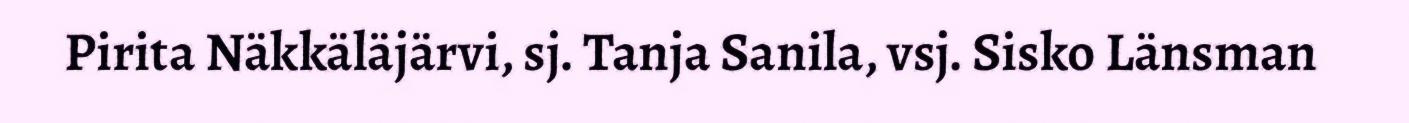
Pirita Näkkäläjärvi, sj. Tanja Sanila, vsj. Sisko Länsman